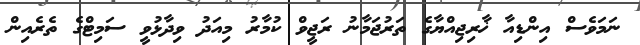
ނަމަވެސް އިންޑިއާ ޚާރިޖިއްޔާގެ ތަރުޖަމާނު ރަޖީވް ކުމާރު މިއަދު ވިދާޅުވީ ސަމިޓްގެ ތެރެއިން